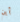
أين